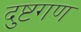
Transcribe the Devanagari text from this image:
दुष्टगण